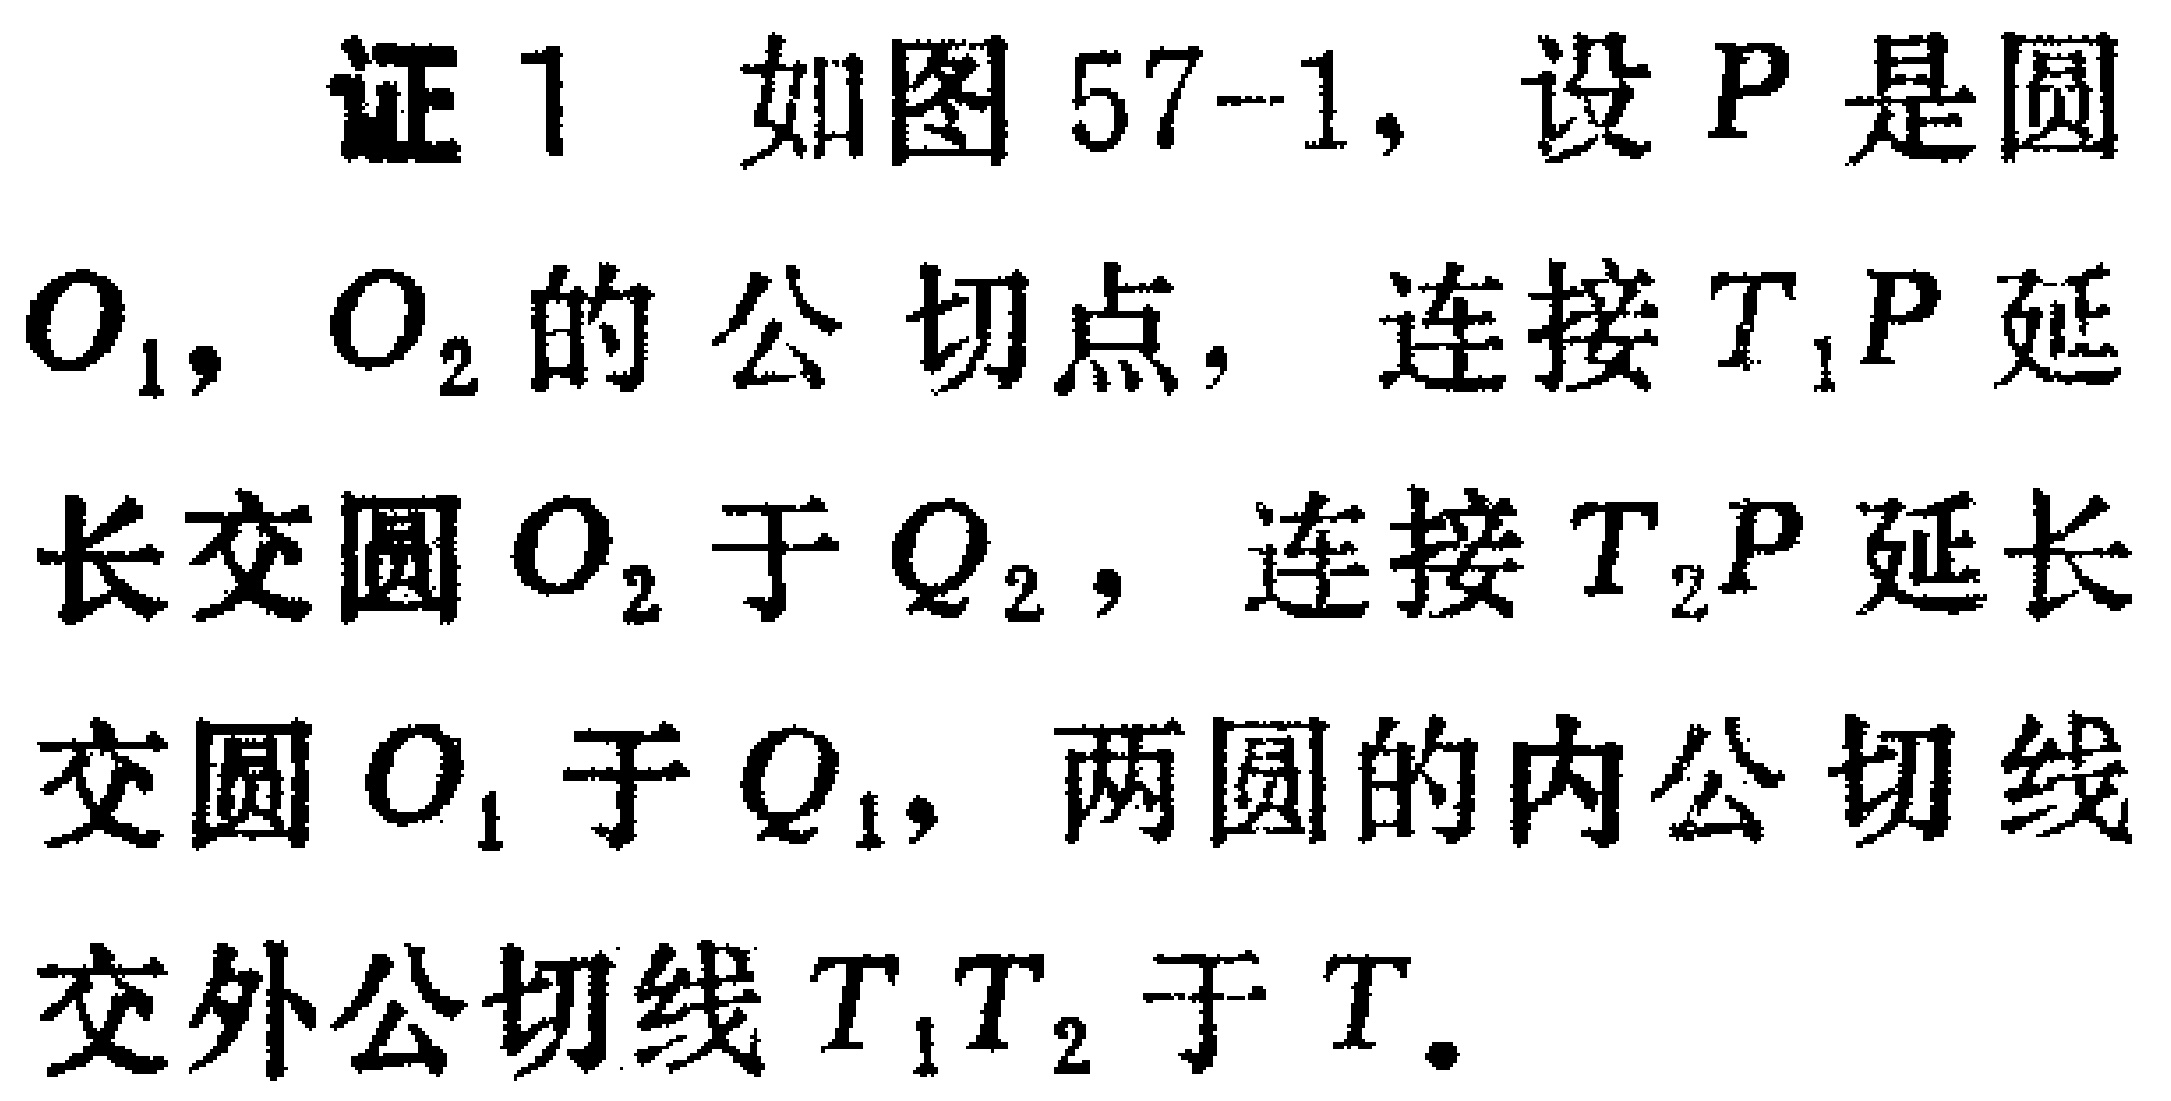
证1 如图57-1，设\(P\)是圆\(O_1\)，\(O_2\)的公切点，连接\(T_1P\)延长交圆\(O_2\)于\(Q_2\)，连接\(T_2P\)延长交圆\(O_1\)于\(Q_1\)，两圆的内公切线交外公切线\(T_1T_2\)于\(T\)。